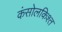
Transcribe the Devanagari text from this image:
कंसोलकिश्त